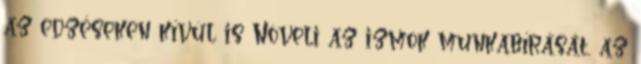
az edzéseken kívül is Növeli az izmok munkabírását, az